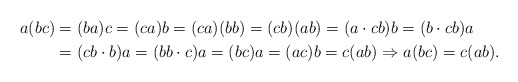
\begin{align*}a(bc) & =(ba)c=(ca)b=(ca)(bb)=(cb)(ab)=(a\cdot cb)b=(b\cdot cb)a\\ & =(cb\cdot b)a=(bb\cdot c)a=(bc)a=(ac)b=c(ab)\Rightarrow a(bc)=c(ab).\end{align*}